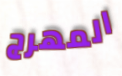
المهرج